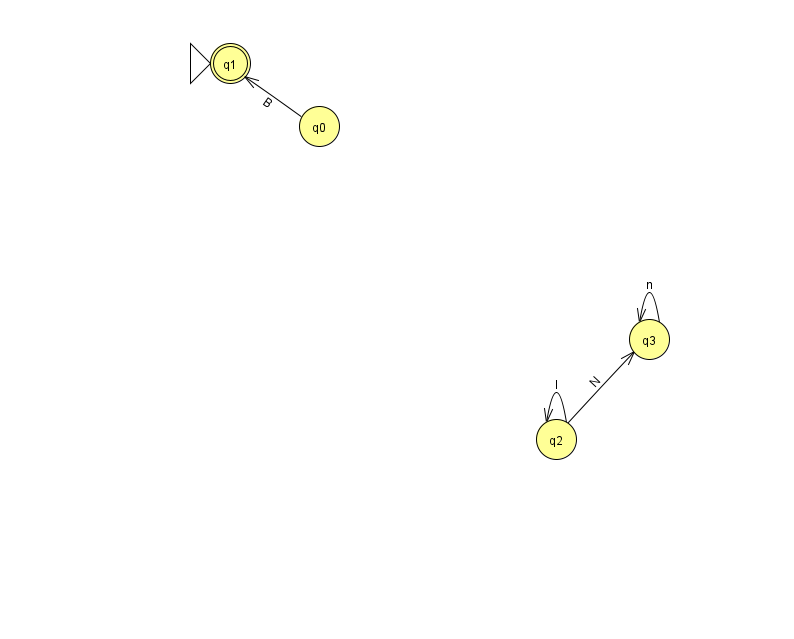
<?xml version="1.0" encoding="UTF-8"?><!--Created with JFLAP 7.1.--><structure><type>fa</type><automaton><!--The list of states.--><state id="0" name="q0"><x>319.0</x><y>113.0</y></state><state id="1" name="q1"><x>230.0</x><y>50.0</y><initial/><final/></state><state id="2" name="q2"><x>556.0</x><y>426.0</y></state><state id="3" name="q3"><x>649.0</x><y>326.0</y></state><!--The list of transitions.--><transition><from>2</from><to>3</to><read>N</read></transition><transition><from>0</from><to>1</to><read>B</read></transition><transition><from>2</from><to>2</to><read>l</read></transition><transition><from>3</from><to>3</to><read>n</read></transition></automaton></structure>